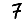
Digit: 7